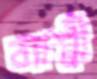
ব্যাঘ্রী